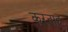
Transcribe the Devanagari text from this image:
करनाह